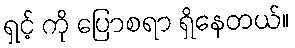
ရှင့် ကို ပြောစရာ ရှိနေတယ်။